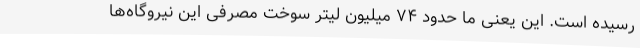
رسیده است. این یعنی ما حدود ۷۴ میلیون لیتر سوخت مصرفی این نیروگاه‌ها